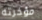
مؤخرته